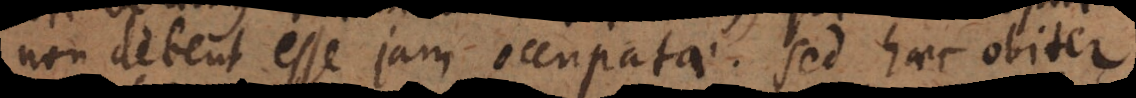
non debent esse jam occupatae. Sed haec obiter,